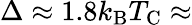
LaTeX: \Delta\approx 1.8k_{\mathrm{B}}T_{\mathrm{C}}\approx